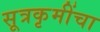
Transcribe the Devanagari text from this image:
सूत्रकृमींचा